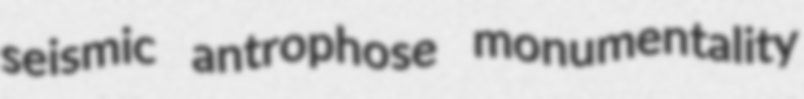
seismic antrophose monumentality